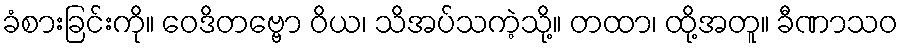
ခံစားခြင်းကို။ ဝေဒိတဗ္ဗော ဝိယ၊ သိအပ်သကဲ့သို့။ တထာ၊ ထို့အတူ။ ခီဏာသဝ